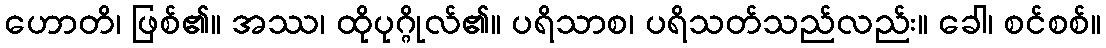
ဟောတိ၊ ဖြစ်၏။ အဿ၊ ထိုပုဂ္ဂိုလ်၏။ ပရိသာစ၊ ပရိသတ်သည်လည်း။ ခေါ၊ စင်စစ်။